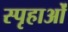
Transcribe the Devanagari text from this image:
स्पृहाओं